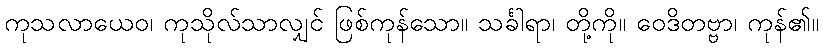
ကုသလာယေဝ၊ ကုသိုလ်သာလျှင် ဖြစ်ကုန်သော။ သင်္ခါရာ၊ တို့ကို။ ဝေဒိတဗ္ဗာ၊ ကုန်၏။